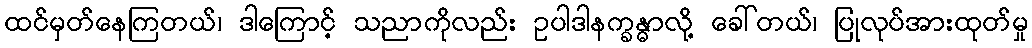
ထင်မှတ်နေကြတယ်၊ ဒါကြောင့် သညာကိုလည်း ဥပါဒါနက္ခန္ဓာလို့ ခေါ်တယ်၊ ပြုလုပ်အားထုတ်မှု